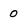
Character: 0